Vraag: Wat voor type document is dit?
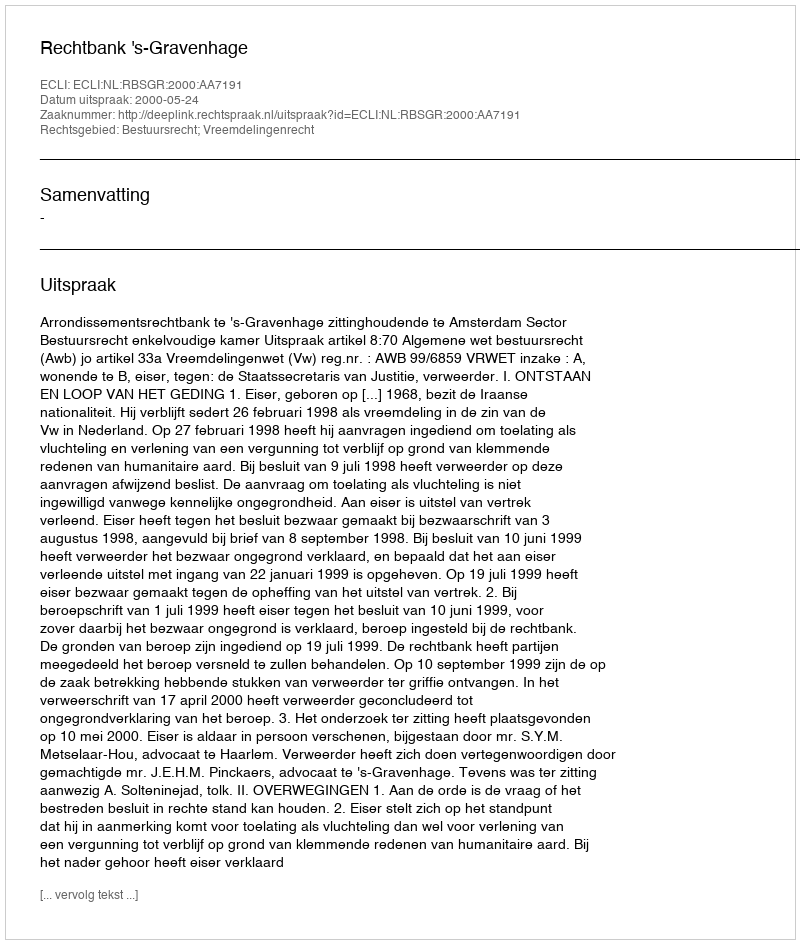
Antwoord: Uitspraak